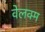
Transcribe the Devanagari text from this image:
वेलक्म